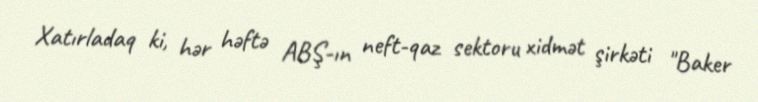
Xatırladaq ki, hər həftə ABŞ-ın neft-qaz sektoru xidmət şirkəti "Baker